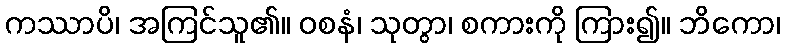
ကဿာပိ၊ အကြင်သူ၏။ ဝစနံ၊ သုတွာ၊ စကားကို ကြား၍။ ဘိကော၊